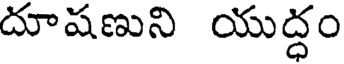
దూషణుని యుద్ధం